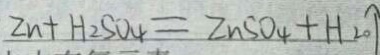
Z n + H _ { 2 } S O _ { 4 } = Z n S O _ { 4 } + H _ { 2 0 } \uparrow